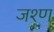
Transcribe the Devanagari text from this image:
जश्ण